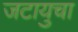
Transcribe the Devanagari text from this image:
जटायुचा